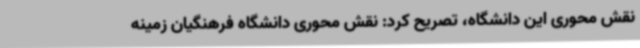
نقش محوری این دانشگاه، تصریح کرد: نقش محوری دانشگاه فرهنگیان زمینه